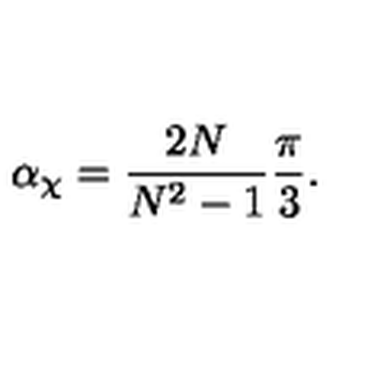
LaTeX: \alpha _ { \chi } = { \frac { 2 N } { N ^ { 2 } - 1 } } { \frac { \pi } { 3 } } .